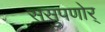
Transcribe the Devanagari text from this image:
ससुपणोर्